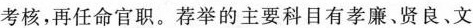
考核，再任命官职。荐举的主要科目有孝廉、贤良、文